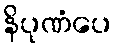
နိပုဏံပေ